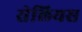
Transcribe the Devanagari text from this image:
सेलियस